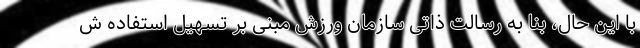
با این حال، بنا به رسالت ذاتی سازمان ورزش مبنی بر تسهیل استفاده ش